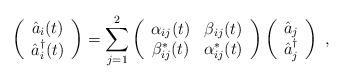
LaTeX: \begin{align*}\left(\begin{array}{c}\hat{a}_i(t)\\\hat{a}_i^\dag(t)\end{array}\right)=\sum_{j=1}^2\left( \begin{array}{cc}\alpha_{ij}(t)&\beta_{ij}(t)\\\beta_{ij}^\ast(t)&\alpha_{ij}^\ast(t)\end{array}\right)\left(\begin{array}{c}\hat{a}_j\\\hat{a}_j^\dag\end{array}\right)\;,\end{align*}